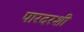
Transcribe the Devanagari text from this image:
पारदरशी